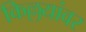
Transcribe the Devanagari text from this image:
किल्लयांवर